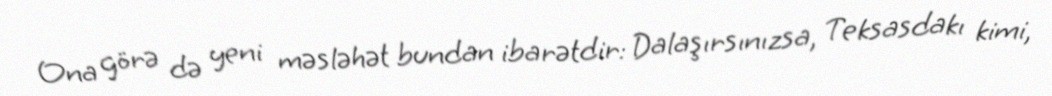
Ona görə də yeni məsləhət bundan ibarətdir: Dalaşırsınızsa, Teksasdakı kimi,